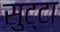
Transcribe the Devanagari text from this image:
सुट्टा